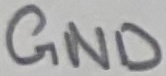
Text: GND